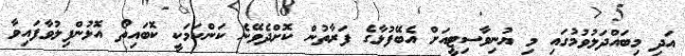
އަދި މިބައްދަލުވުމުގައި މި ޔުނިވާސިޓީއަށް އެބޭފުޅާގެ ފަރާތުން ކޮށްދެވޭނެ ކަންކަމަކީ ކޮބައިތޯ އޮޅުންފިލުވާފައިވާ